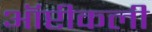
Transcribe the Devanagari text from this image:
ऑप्टीकली